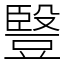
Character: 䝂